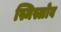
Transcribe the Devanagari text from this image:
स्मिस्लोव